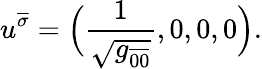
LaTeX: u^{\overline{{\sigma}}}=\Big({\frac{1}{\sqrt{g_{\overline{{{0}}}\overline{{{0}}}}}}},0,0,0\Big).